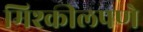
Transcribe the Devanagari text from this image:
मिश्कीलपणे